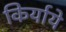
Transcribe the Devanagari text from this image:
किर्याये